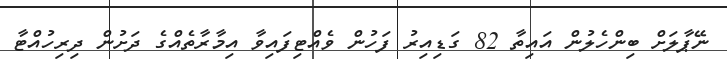
ނޭޕާލަށް ބިންހެލުން އައިތާ 82 ގަޑިއިރު ފަހުން ވެއްޓިފައިވާ އިމާރާތެއްގެ ދަށުން ދިރިހުއްޓާ